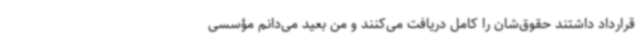
قرارداد داشتند حقوق‌شان را کامل دریافت می‌کنند و من بعید می‌دانم مؤسسی